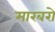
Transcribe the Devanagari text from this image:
मारबरो